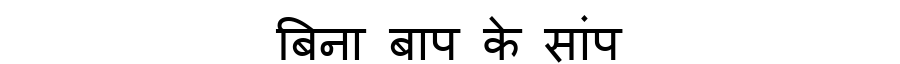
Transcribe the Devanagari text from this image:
बिना बाप के सांप